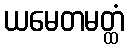
ယမေတမတ္ထံ